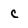
Character: c